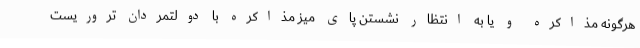
هرگونه مذاکره و یا به انتظار نشستن پای میز مذاکره با دولتمردان تروریست